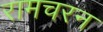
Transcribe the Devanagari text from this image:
रामचरन